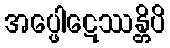
အပ္ဖေါဋေဿန္တိပိ